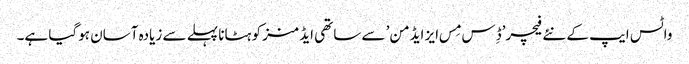
واٹس ایپ کے نئے فیچر’ڈِس مِس ایز ایڈمن’ سے ساتھی ایڈمنز کو ہٹانا پہلے سے زیادہ آسان ہوگیا ہے۔